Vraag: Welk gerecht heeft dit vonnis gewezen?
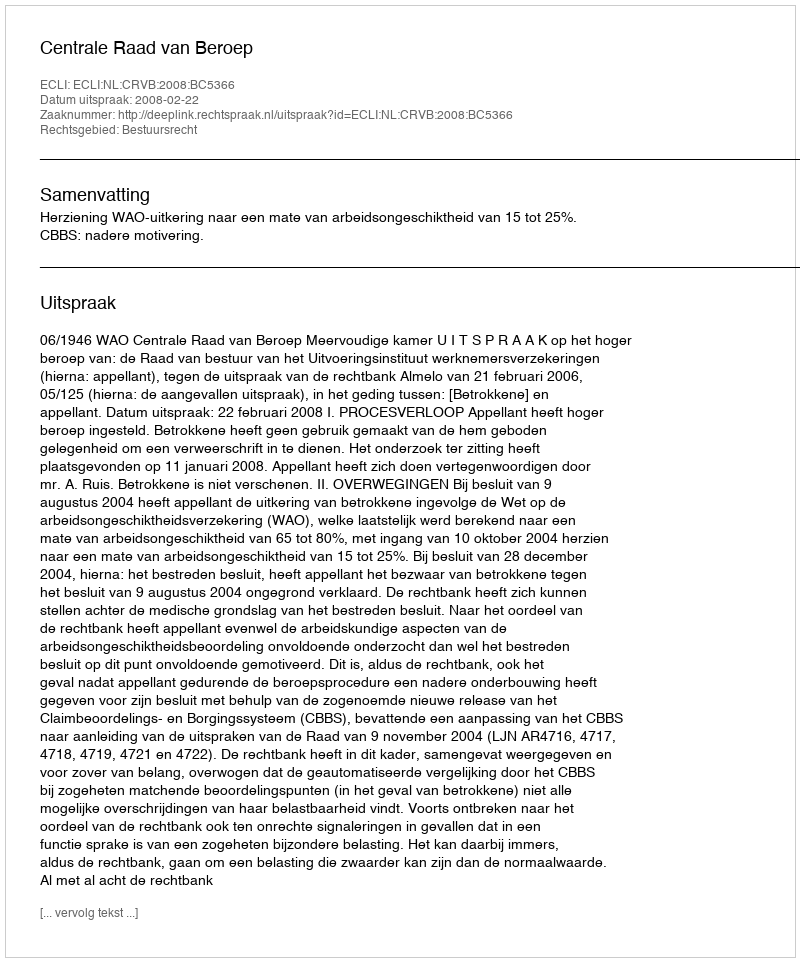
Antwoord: Centrale Raad van Beroep